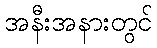
အနီးအနားတွင်